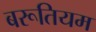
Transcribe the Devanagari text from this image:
बरूतियम